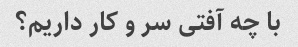
با چه آفتی سر و کار داریم؟